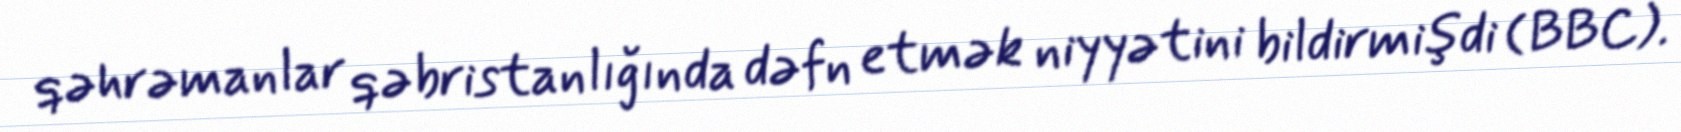
qəhrəmanlar qəbristanlığında dəfn etmək niyyətini bildirmişdi (BBC).